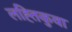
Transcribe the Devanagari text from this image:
लह्तिकुवा